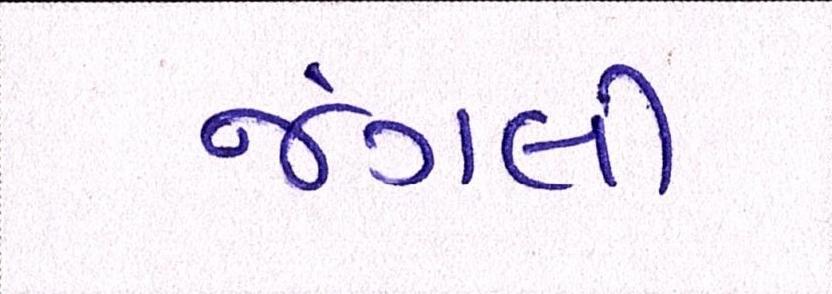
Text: જંગલી